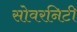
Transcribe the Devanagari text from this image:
सोवरनिटी